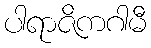
ပါရာဇိကဂါမီ